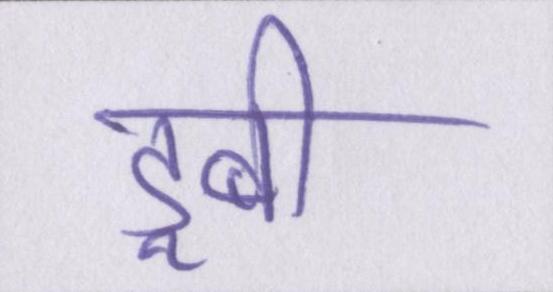
डूबी